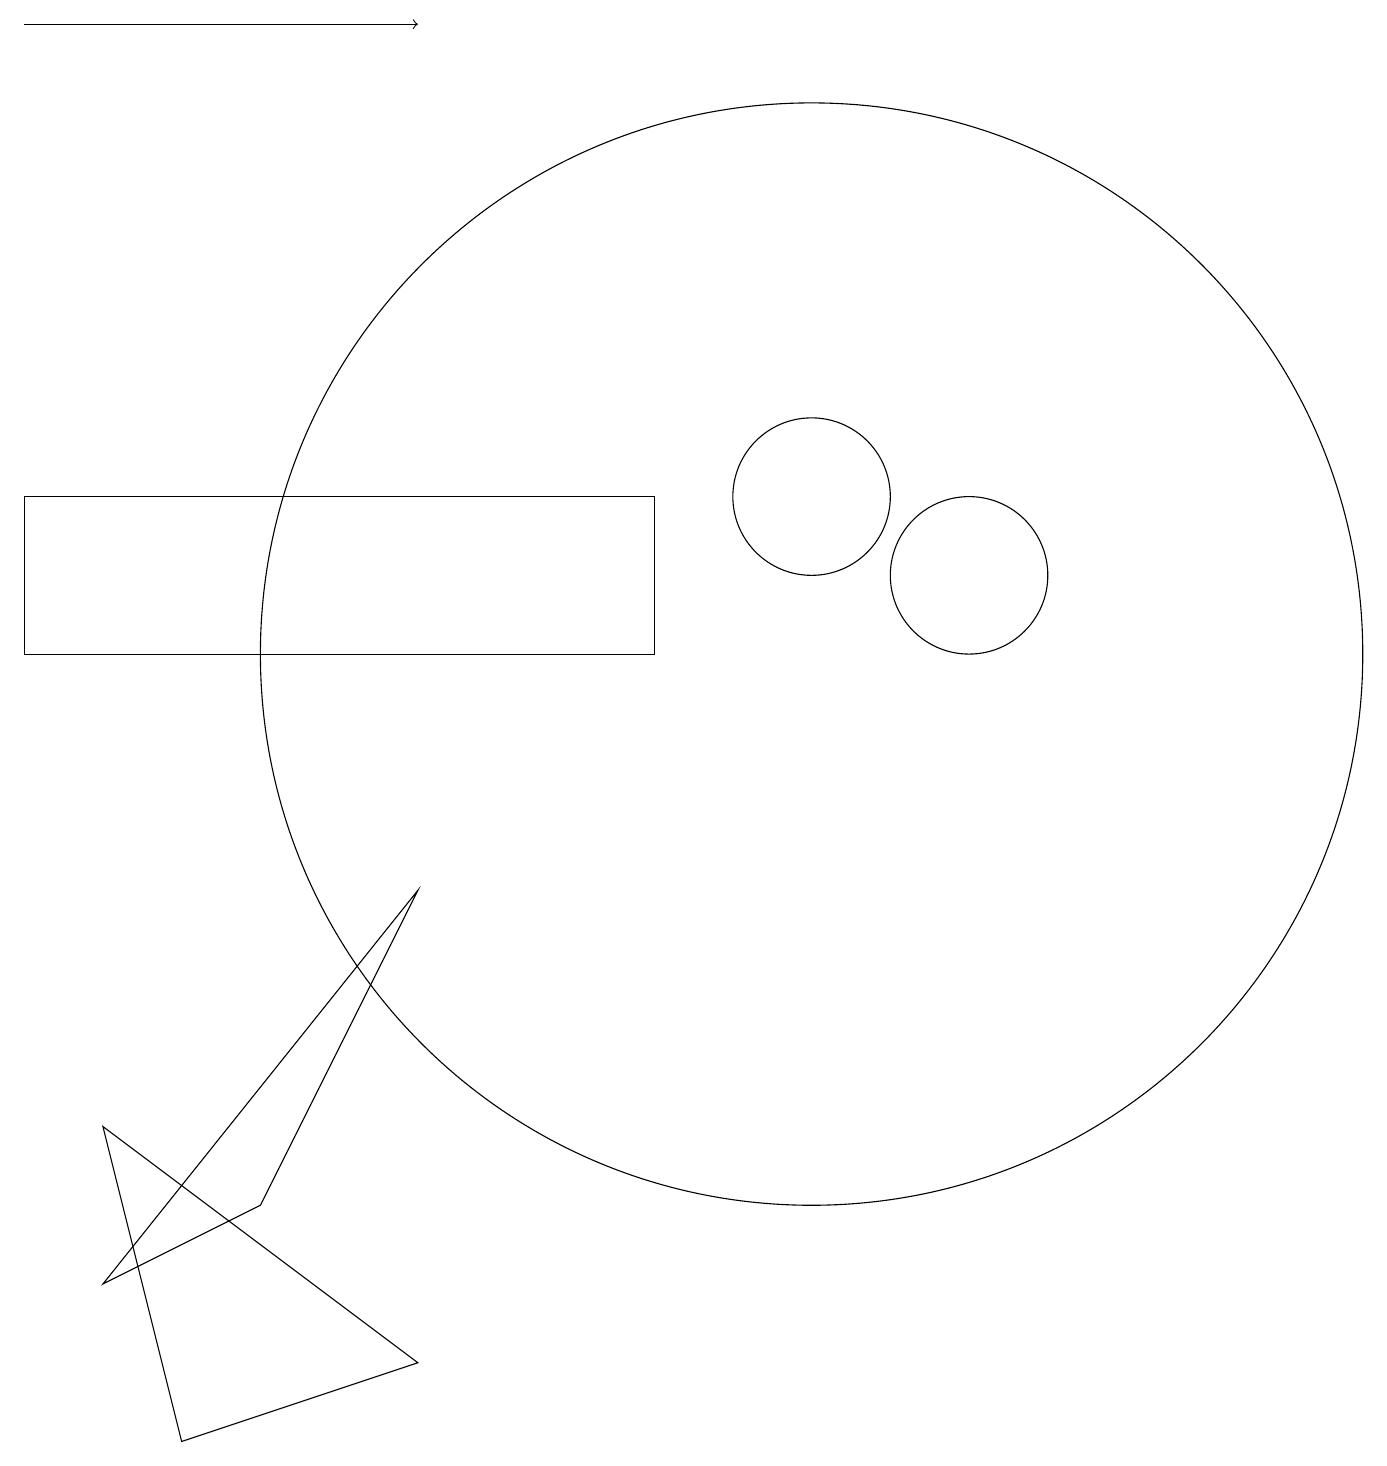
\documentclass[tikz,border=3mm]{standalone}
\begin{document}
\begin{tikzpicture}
\draw (12,11) circle (1);
\draw (8,10) rectangle (0,12);
\draw (10,10) circle (7);
\draw (2,0) -- (5,1) -- (1,4) -- cycle;
\draw (10,12) circle (1);
\draw (3,3) -- (1,2) -- (5,7) -- cycle;
\draw[->] (0,18) -- (5,18);
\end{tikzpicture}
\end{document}